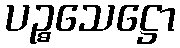
ပဉ္စသေဋ္ဌော